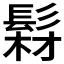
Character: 𩭘